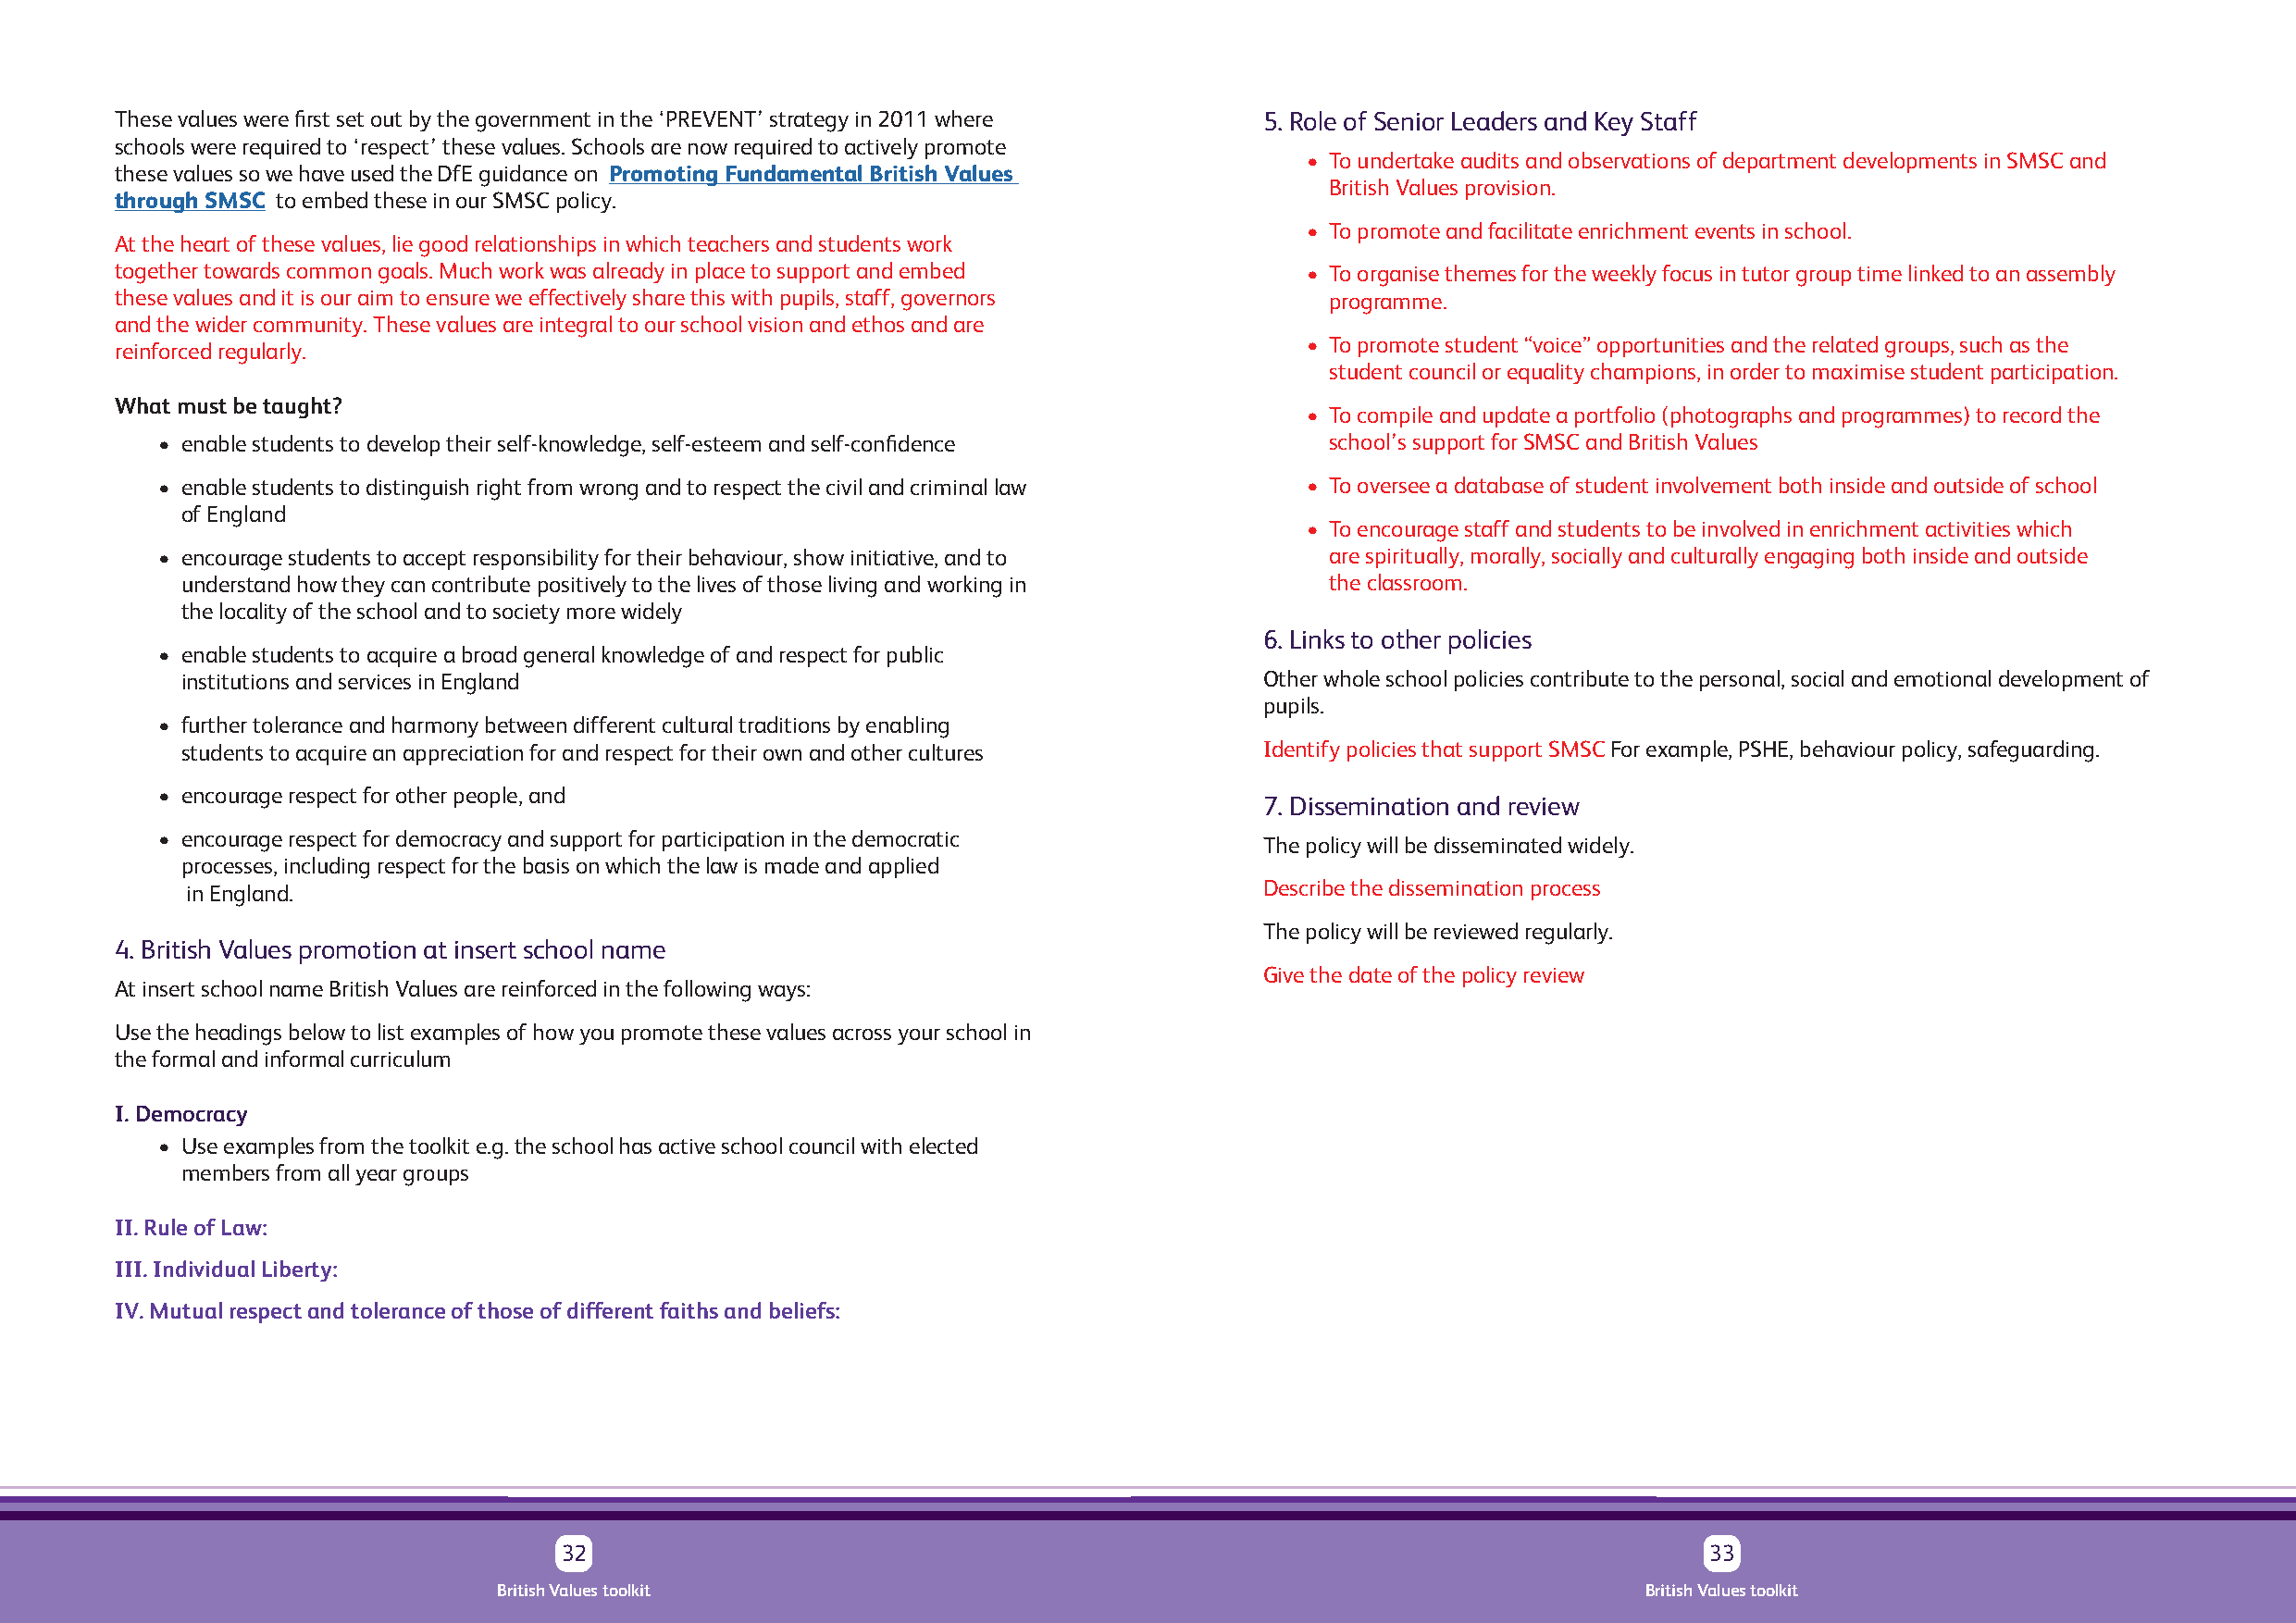
These values were first set out by the government in the ‘PREVENT’ strategy in 2011 where 5. Role of Senior Leaders and Key Staff
 schools were required to ‘respect’ these values. Schools are now required to actively promote
 • To undertake audits and observations of department developments in SMSC and
 these values so we have used the DfE guidance on Promoting Fundamental British Values
 British Values provision.
 through SMSC to embed these in our SMSC policy.
 • To promote and facilitate enrichment events in school.
 At the heart of these values, lie good relationships in which teachers and students work
 together towards common goals. Much work was already in place to support and embed   • To organise themes for the weekly focus in tutor group time linked to an assembly
 these values and it is our aim to ensure we effectively share this with pupils, staff, governors programme.
 and the wider community. These values are integral to our school vision and ethos and are
 • To promote student “voice” opportunities and the related groups, such as the
 reinforced regularly.
 student council or equality champions, in order to maximise student participation.
 What must be taught?
 • To compile and update a portfolio (photographs and programmes) to record the
 • enable students to develop their self-knowledge, self-esteem and self-confidence  school’s support for SMSC and British Values
 • enable students to distinguish right from wrong and to respect the civil and criminal law • To oversee a database of student involvement both inside and outside of school
 of England
 • To encourage staff and students to be involved in enrichment activities which
 • encourage students to accept responsibility for their behaviour, show initiative, and to are spiritually, morally, socially and culturally engaging both inside and outside
 understand how they can contribute positively to the lives of those living and working in the classroom.
 the locality of the school and to society more widely
 6. Links to other policies
 • enable students to acquire a broad general knowledge of and respect for public
 institutions and services in England                                         Other whole school policies contribute to the personal, social and emotional development of
 pupils.
 • further tolerance and harmony between different cultural traditions by enabling
 students to acquire an appreciation for and respect for their own and other cultures Identify policies that support SMSC For example, PSHE, behaviour policy, safeguarding.
 • encourage respect for other people, and
 7. Dissemination and review
 • encourage respect for democracy and support for participation in the democratic
 The policy will be disseminated widely.
 processes, including respect for the basis on which the law is made and applied
 in England.                                                                  Describe the dissemination process
 The policy will be reviewed regularly.
 4. British Values promotion at insert school name
 Give the date of the policy review
 At insert school name British Values are reinforced in the following ways:
 Use the headings below to list examples of how you promote these values across your school in
 the formal and informal curriculum
 I. Democracy
 • Use examples from the toolkit e.g. the school has active school council with elected
 members from all year groups
 II. Rule of Law:
 III. Individual Liberty:
 IV. Mutual respect and tolerance of those of different faiths and beliefs:
 32                                                                                33
 British Values toolkit                                                            British Values toolkit